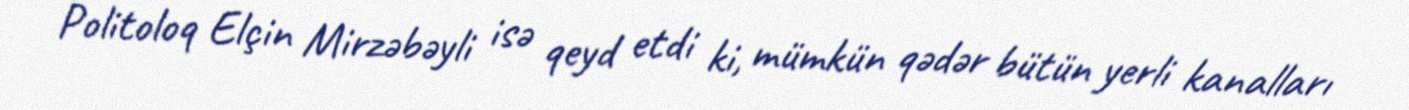
Politoloq Elçin Mirzəbəyli isə qeyd etdi ki, mümkün qədər bütün yerli kanalları